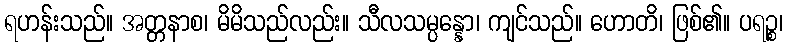
ရဟန်းသည်။ အတ္တနာစ၊ မိမိသည်လည်း။ သီလသမ္ပန္နော၊ ကျင်သည်။ ဟောတိ၊ ဖြစ်၏။ ပရဉ္စ၊